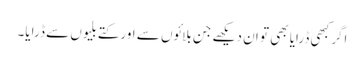
اگر کبھی ڈرایا بھی تو ان دیکھے جن بلائوں سے اور کتے بلیوں سے ڈرایا۔